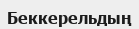
Беккерельдың